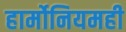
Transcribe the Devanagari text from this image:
हार्मोनियमही